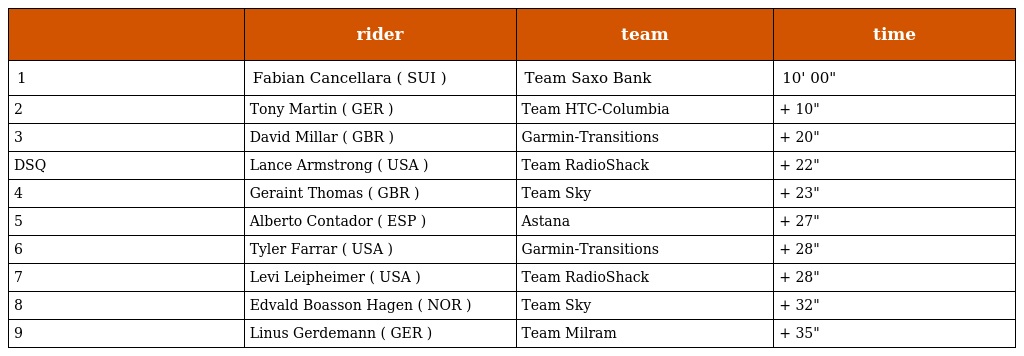
|  | rider | team | time |
 | --- | --- | --- | --- |
 | 1 | Fabian Cancellara ( SUI ) | Team Saxo Bank | 10' 00" |
 | 2 | Tony Martin ( GER ) | Team HTC-Columbia | + 10" |
 | 3 | David Millar ( GBR ) | Garmin-Transitions | + 20" |
 | DSQ | Lance Armstrong ( USA ) | Team RadioShack | + 22" |
 | 4 | Geraint Thomas ( GBR ) | Team Sky | + 23" |
 | 5 | Alberto Contador ( ESP ) | Astana | + 27" |
 | 6 | Tyler Farrar ( USA ) | Garmin-Transitions | + 28" |
 | 7 | Levi Leipheimer ( USA ) | Team RadioShack | + 28" |
 | 8 | Edvald Boasson Hagen ( NOR ) | Team Sky | + 32" |
 | 9 | Linus Gerdemann ( GER ) | Team Milram | + 35" |